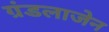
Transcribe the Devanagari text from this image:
ग्रंडलाजेन